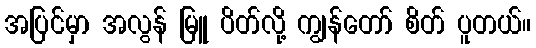
အပြင်မှာ အလွန် မြူ ပိတ်လို့ ကျွန်တော် စိတ် ပူတယ်။